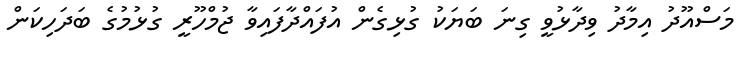
މަސްއޫދު އިމާދު ވިދާޅުވީ ގިނަ ބަޔަކު ގުޅިގެން އުފައްދާފައިވާ ޖުމްހޫރީ ގުޅުމުގެ ބަދަހިކަން